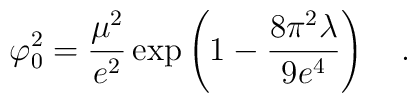
\varphi_0^2={\mu^2 \over  e^2}\exp\left(1 -{8\pi^2 \lambda \over  9e^4}\right)~~~.